Indian journal of veterinary science and animal husbandry - Volumes 24-25, 1954-1955
Year: 1954
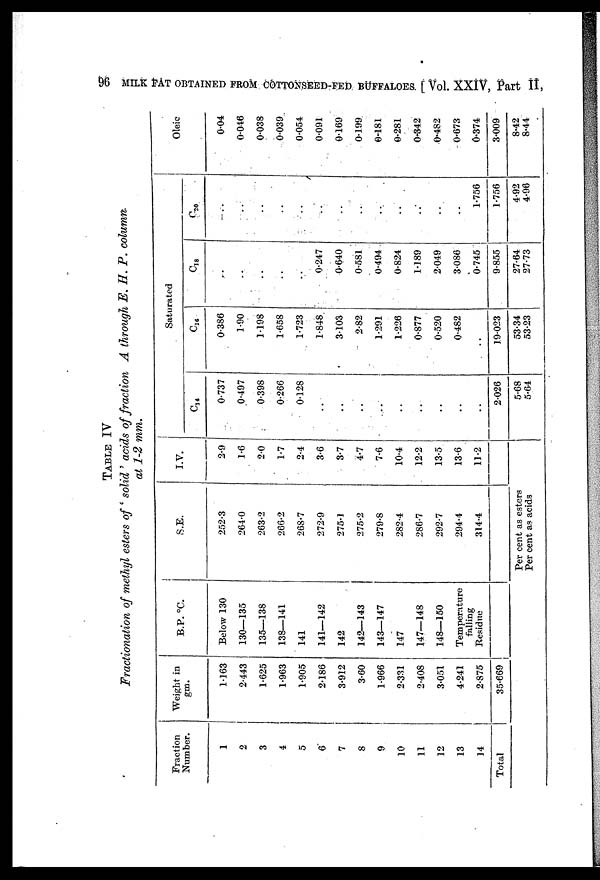
96 MILK FAT OBTAINED FROM COTTONSEED-FED BUFFALOES [Vol. XXIV, Part II,
TABLE
IV
Fractionation of methyl esters of 'solid' acids of fraction A through E. H. P. column.
at 1-2 mm.
Fraction
Number.
1
2
3
4
5
6
7
8
9
10
11
12
13
14
Total
Weight in
gm.
1.163
2.443
1.625
1.963
1.905
2.186
3.912
3.60
1.966
2.331
2.408
3.051
4.241
2.875
35.669
B.P. °C.
Below 130
130—135
135—138
138—141
141
141—142
142
142—143
143—147
147
147—148
148—150
Temperature
falling
Residue
S.E.
252.3
264.0
263.2
266.2
268.7
272.9
275.1
275.2
279.8
282.4
286.7
292.7
294.4
314.4
Per cent as esters
Per cent as acids
I.V.
2.9
1.6
2.0
1.7
2.4
3.6
3.7
4.7
7.6
10.4
12.2
13.5
13.6
11.2
Saturated
C 14
0.737
0.497
0.398
0.266
0.128
..
..
..
..
..
..
..
..
. .
2.026
5.68
5.64
C16
0.386
1.90
1.198
1.658
1.723
1.848
3.103
2.82
1.291
1.226
0.877
0.520
0.482
19.023
53.34
53.23
C18
..
..
..
..
..
0.247
0.640
0.581
0.494
0.824
1.189
2.049
3.086
0.745
9.855
27.64
27.73
C20
..
..
..
. .
..
..
..
..
..
..
..
..
..
1.756
1.756
4.92
4.96
Oleic
0.04
0.046
0.038
0.039
0.054
0.091
0.169
0.199
0.181
0.281
0.342
0.482
0.673
0.374
3.009
8.42
8.44